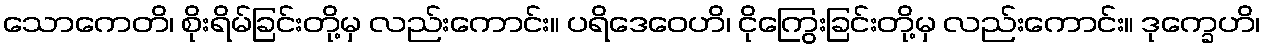
သောကေတိ၊ စိုးရိမ်ခြင်းတို့မှ လည်းကောင်း။ ပရိဒေဝေဟိ၊ ငိုကြွေးခြင်းတို့မှ လည်းကောင်း။ ဒုက္ခေဟိ၊